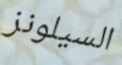
السيلونز